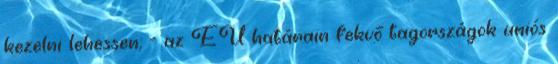
kezelni lehessen; - az EU határain fekvő tagországok uniós